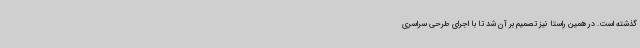
گذشته است. در همین راستا نیز تصمیم بر آن شد تا با اجرای طرحی سراسری